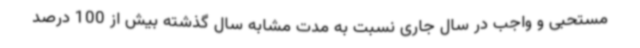
مستحبی و واجب در سال جاری نسبت به مدت مشابه سال گذشته بیش از 100 درصد